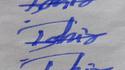
Signature authenticity: forged